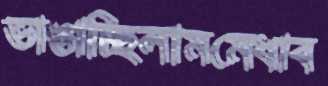
ভাঙাচ্ছিলামমেধাব